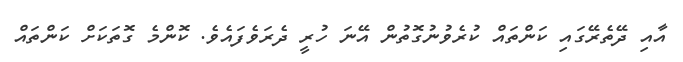
އާއި ދޭތެރޭގައި ކަންތައް ކުރެވުނުގޮތުން އޭނަ ހުރީ ދެރަވެފައެވެ. ކޮންމެ ގޮތަކަށް ކަންތައް